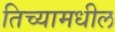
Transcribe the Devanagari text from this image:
तिच्यामधील